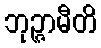
ဘုဉ္ဇာမီတိ